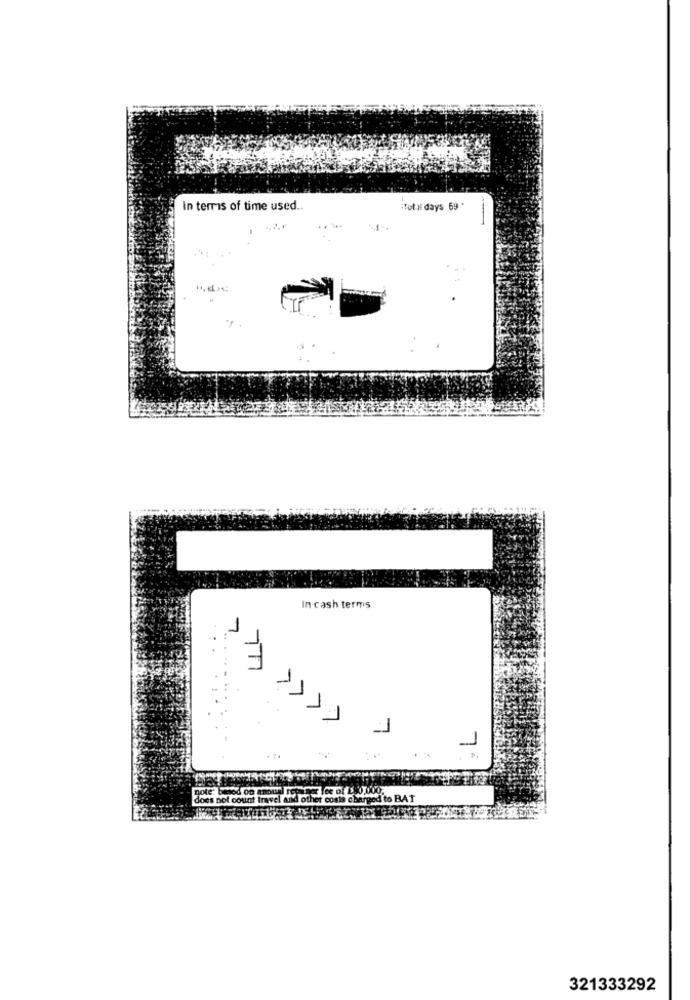
In terms of time used.
itot al days 69 "
In cash terms
7
...
>>>>
1
1
does not count travel and other costs charged
321333292